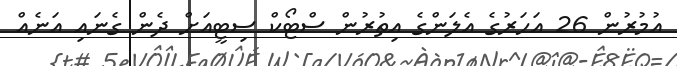
އުމުރުން 26 އަހަރުގެ އެލަންގެ އިތުރުން ސްޓޯކް ސިޓީއަށް ދެން ގެނައި އަނެއް